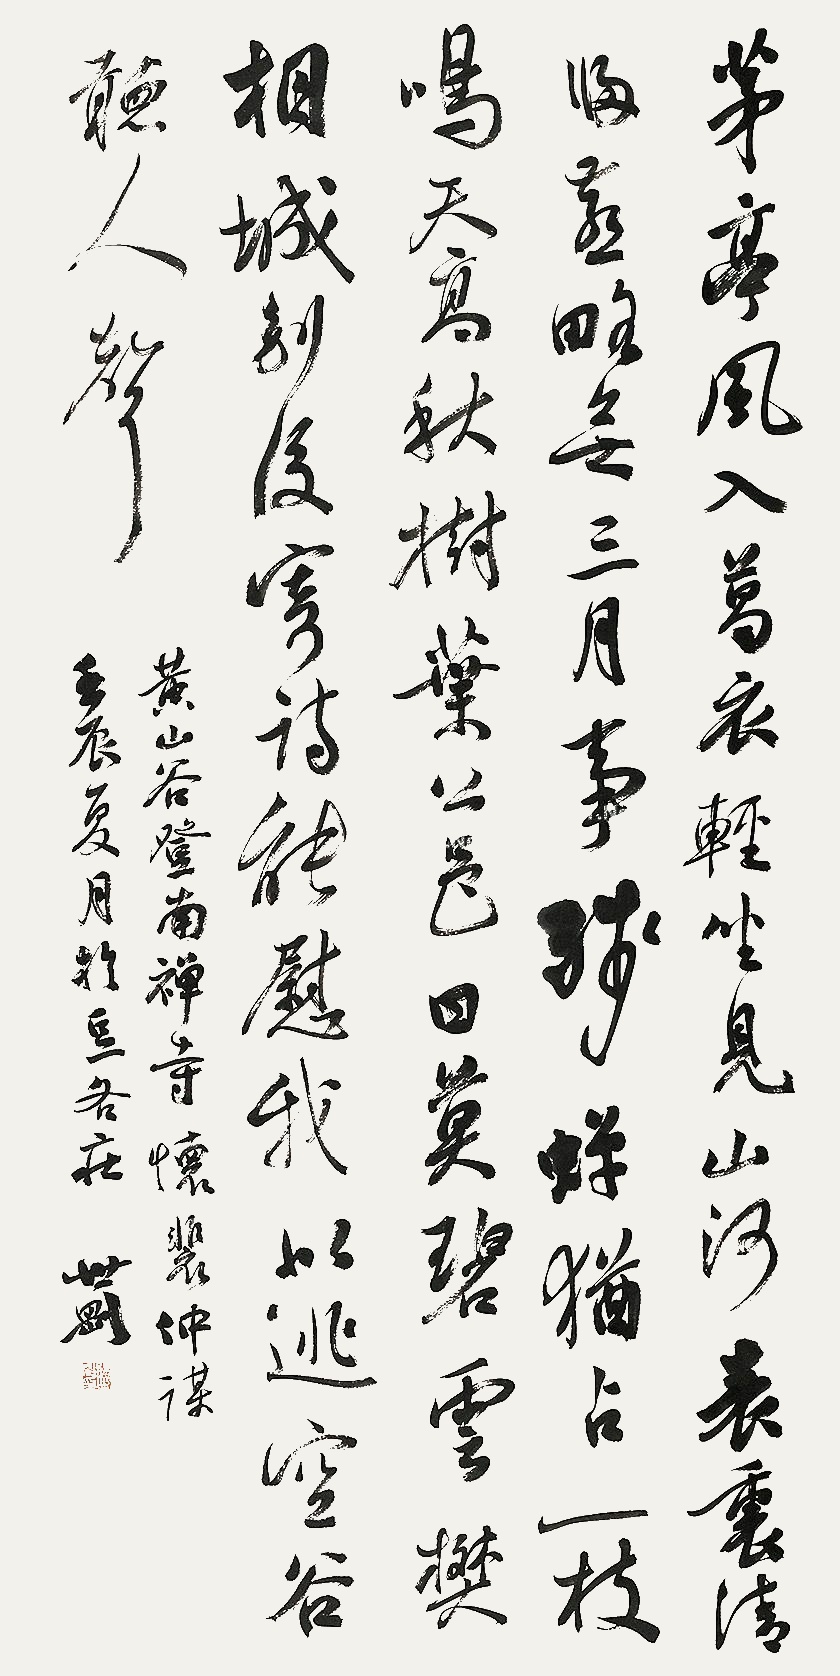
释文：茅亭风入葛衣轻，坐见山河表里清。归燕略无三月事，残蝉犹占一枝鸣。天高秋树叶公邑，日暮碧云樊相城。别后寄诗能慰我，似逃空谷听人声。黄山谷，登南禅寺怀裴仲谋，壬辰夏月于豆各庄。世刚。